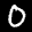
Label: 0